Report on the working of the Ranchi Indian Mental Hospital, Kanke, in Bihar and Orissa - 1930-1940
Year: 1930
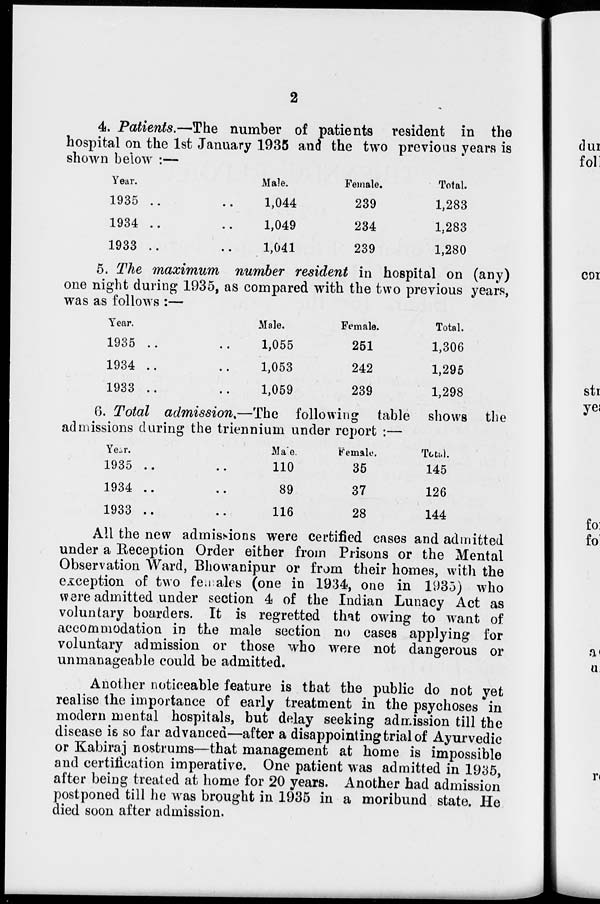
2
4. Patients.—The number of patients resident in the
hospital on the 1st January 1935 and the two previous years is
shown below :—
Year.
1935
..
..
1934 .. ..
1933
..
..
Male.
1,044
1,049
1,041
Female.
239
234
239
Total.
1,283
1,283
1,280
5. The maximum number resident in hospital on (any)
one night during 1935, as compared with the two previous years,
was as follows :—
Year.
1935
..
..
1934
..
..
1933
..
..
Male.
1,055
1,053
1,059
Female.
251
242
239
Total.
1,306
1,295
1,298
6. Total admission,—The following table shows the
admissions during the triennium under report :—
Year.
1935
..
..
1934 .. ..
1933
..
..
Male.
110
89
116
Female.
35
37
28
Total.
145
126
144
All the new admissions were certified cases and admitted
under a Reception Order either from Prisons or the Mental
Observation Ward, Bhowanipur or from their homes, with the
exception of two females (one in 1934, one in 1935) who
were admitted under section 4 of the Indian Lunacy Act as
voluntary boarders. It is regretted that owing to want of
accommodation in the male section no cases applying for
voluntary admission or those who were not dangerous or
unmanageable could be admitted.
Another noticeable feature is that the public do not yet
realise the importance of early treatment in the psychoses in
modern mental hospitals, but delay seeking admission till the
disease is so far advanced—after a disappointing trial of Ayurvedic
or Kabiraj nostrums—that management at home is impossible
and certification imperative. One patient was admitted in 1935,
after being treated at home for 20 years. Another had admission
postponed till he was brought in 1935 in a moribund state. He
died soon after admission.